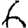
Digit: 6